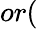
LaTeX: or(